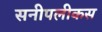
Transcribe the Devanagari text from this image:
सनीपलीकस